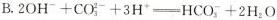
B.$$2OH^{-}+CO_{3}^{2-}+3H^{+}=HCO_{3}^{-}+2H_{2}O$$